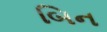
બિન